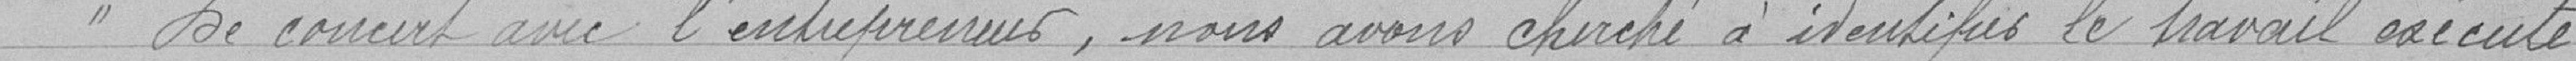
de concert avec l'entrepreneur, nous avons cherché à identifier le travail exécuté